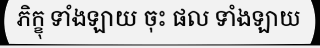
ភិក្ខុ ទាំងឡាយ ចុះ ផល ទាំងឡាយ